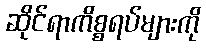
ဆိုင်ရာကိစ္စရပ်များကို